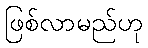
ဖြစ်လာမည်ဟု